Note on the mental hospitals in Burma - 1925-1940
Year: 1925
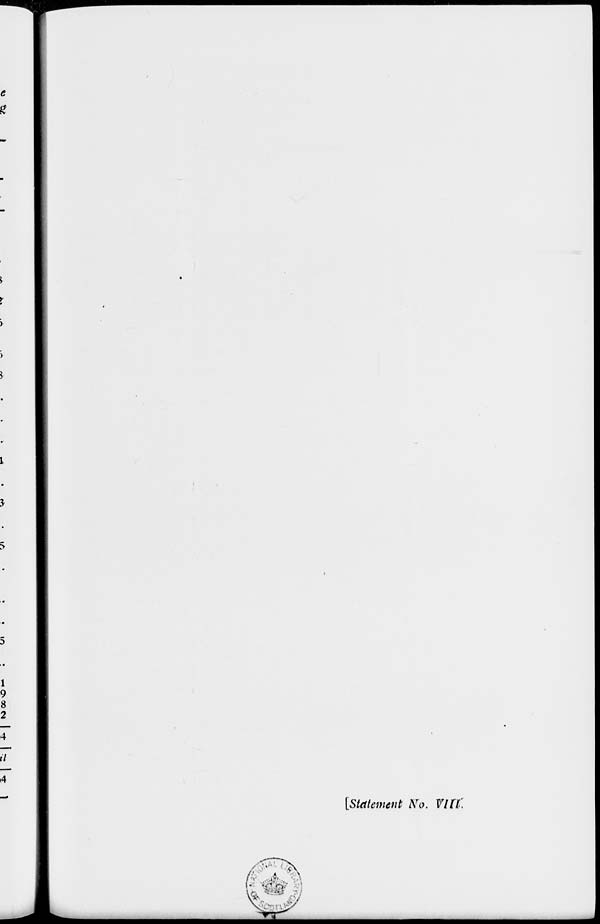
[Statement No. VIII.